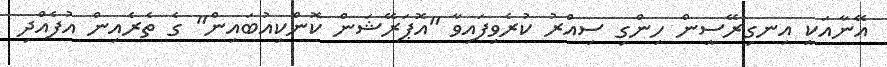
އޭނާއަކީ އިނގިރޭސީން ހިންގި ސިއްރު ކުރެވިފައިވާ "އޮޕަރޭޝަން ކޮންކިއުބައިން" ގެ ތެރެއިން އުފެއްދި